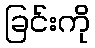
ခြင်းကို